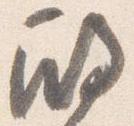
殿